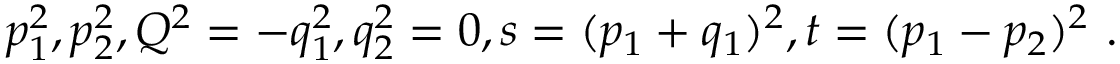
p _ { 1 } ^ { 2 } , p _ { 2 } ^ { 2 } , Q ^ { 2 } = - q _ { 1 } ^ { 2 } , q _ { 2 } ^ { 2 } = 0 , s = ( p _ { 1 } + q _ { 1 } ) ^ { 2 } , t = ( p _ { 1 } - p _ { 2 } ) ^ { 2 } \ .